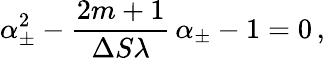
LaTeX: \alpha_{\pm}^{2}-\frac{2m+1}{\Delta S\lambda}\, \alpha_{\pm}-1=0\, ,